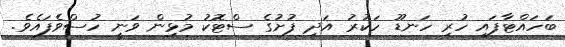
ބަހައްޓާފައި ހުރި ހަނޑޫ ހަކުރު އަދި ފުށުގެ ސްޓޮކު މުޅިން ވަނީ ހުސްވެފައެވެ.